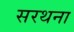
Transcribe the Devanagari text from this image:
सरथना